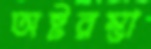
অষ্টরম্ভা